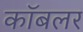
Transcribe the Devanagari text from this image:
कॉबलर